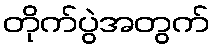
တိုက်ပွဲအတွက်